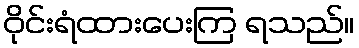
ဝိုင်းရံထားပေးကြ ရသည်။